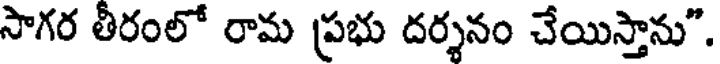
సాగర తీరంలో రామ ప్రభు దర్శనం చేయిస్తాను".